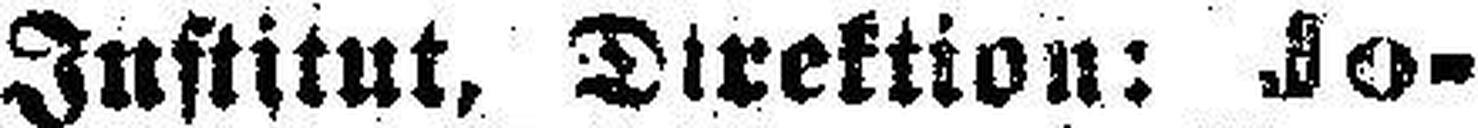
Institut, Direktion: Jo¬